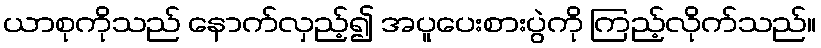
ယာစုကိုသည် နောက်လှည့်၍ အပူပေးစားပွဲကို ကြည့်လိုက်သည်။